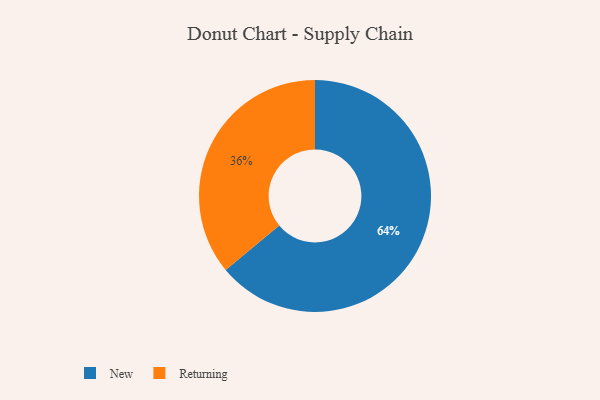
{"axis": {"x": "Category", "y": "Percentage"}, "legend": ["New", "Returning"], "data": [{"x": "Returning", "y": 36, "type": "Returning"}, {"x": "New", "y": 64, "type": "New"}]}